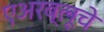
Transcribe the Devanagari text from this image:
एअरब्लूचे